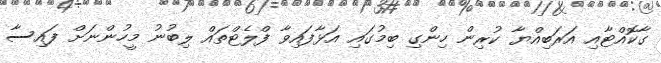
ގާކޮއްޓާއި އަރަބިއްޔާ ކުރިން ހިންގި ބިމުގައި އަޅާފައިވާ ފްލެޓްތައް ލިބުނު މީހުންނަށް ފައިސާ